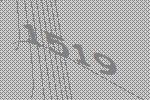
1519